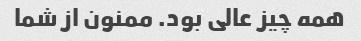
همه چیز عالی بود. ممنون از شما